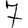
Digit: 7